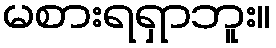
မစားရရှာဘူး။